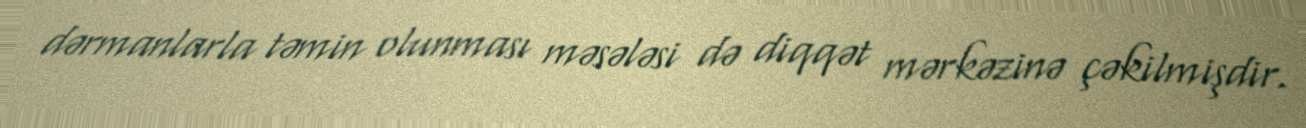
dərmanlarla təmin olunması məsələsi də diqqət mərkəzinə çəkilmişdir.